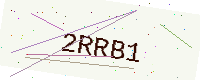
Text: 2RRB1